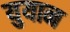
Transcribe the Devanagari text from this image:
युयान